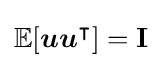
\mathbb {E} [{\boldsymbol {u}}{\boldsymbol {u}}^{\intercal }]=\mathbf {I}